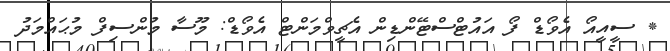
* ސީއީއޯ އެވޯޑް ފޯ އައުޓްސްޓޭންޑިން އެޗީވްމަންޓް އެވޯޑް: މޫސާ މުންސިފް މުޙައްމަދު